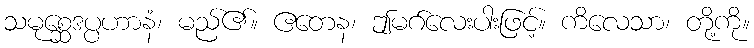
သမုစ္ဆေဒပ္ပဟာနံ၊ မည်၏။ ဧတေန၊ ဤမဂ်လေးပါးဖြင့်။ ကိလေသာ၊ တို့ကို။